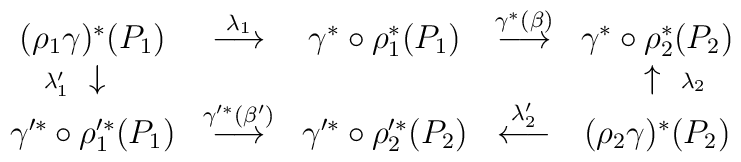
\begin{array}{ccccc}(\rho_1 \gamma)^* (P_1) & \stackrel{ \lambda_{1} }{ \longrightarrow } &\gamma^* \circ \rho_1^* (P_1) & \stackrel{ \gamma^*(\beta) }{ \longrightarrow } &\gamma^* \circ \rho_2^* (P_2) \\\makebox[0pt][r]{ $\scriptstyle{ \lambda'_{1} }$ } \downarrow && & & \uparrow \makebox[0pt][l]{ $\scriptstyle{ \lambda_2 }$ } \\\gamma'^* \circ \rho'^*_1 (P_1) & \stackrel{ \gamma'^*(\beta') }{ \longrightarrow } &\gamma'^* \circ \rho'^*_2 (P_2) & \stackrel{ \lambda'_2 }{ \longleftarrow }& ( \rho_2 \gamma )^* (P_2)\end{array}